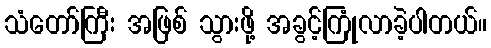
သံတော်ကြီး အဖြစ် သွားဖို့ အခွင့်ကြုံလာခဲ့ပါတယ်။